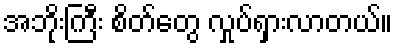
အဘိုးကြီး စိတ်တွေ လှုပ်ရှားလာတယ်။